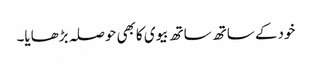
خودکے ساتھ ساتھ بیوی کابھی حوصلہ بڑھایا۔